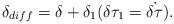
\begin{align*}\delta _{diff} =\delta + \delta _{1} (\delta \tau _{1} =\dot{ \delta \tau}) .\end{align*}